Scottish Leaving Certificate Examination, 1955
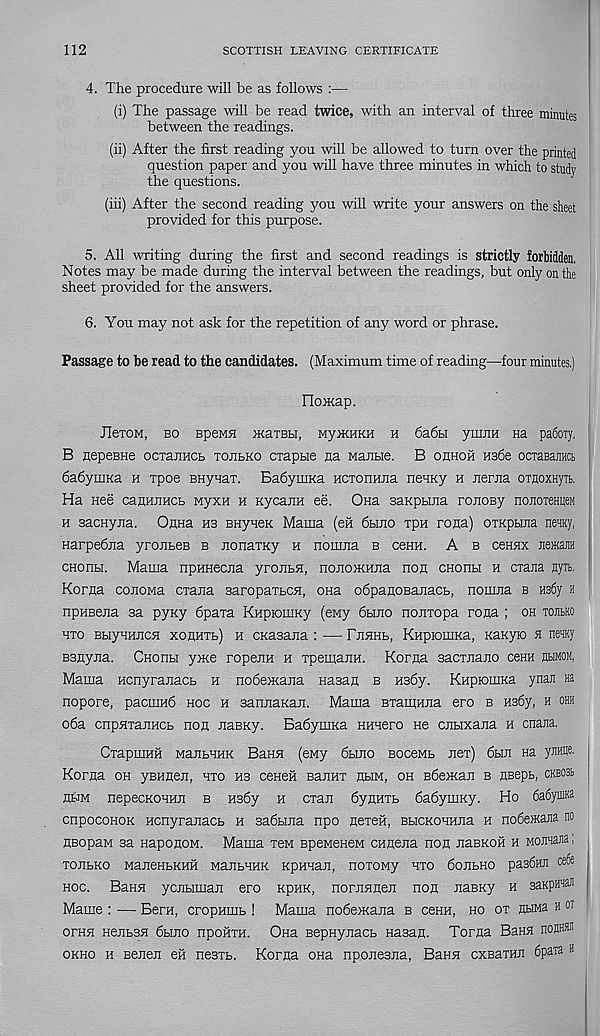
112
SCOTTISH LEAVING CERTIFICATE
4. The procedure will be as follows :—
(i) The passage will be read twice, with an interval of three minutes
between the readings.
(ii) After the first reading you will be allowed to turn over the printed
question paper and you will have three minutes in which to study
the questions.
(iii) After the second reading you will write your answers on the sheet
provided for this purpose.
5. All writing during the first and second readings is strictly forbidden.
Notes may be made during the interval between the readings, but only on the
sheet provided for the answers.
6. You may not ask for the repetition of any word or phrase.
Passage to be read to the candidates. (Maximum time of reading—four minutes.)
IToiKap.
JlexoM, bo Bpewa iKaiBH, MyiKHKH h 6a6bi ymim Ha pa6oiy.
B iiepeBHe ocTanHCB tojibko cxaptie Ha Mantie. B ohhoh Hs6e ocxaBam
6a6ymKa h xpoe BHyuax. BadyuiKa Hcxonwia neHKy h nerna oxnoxHyit,
Ha nee canujincb wyxn h Kycann ee. Ona saKpbina ronoBy nonoxeHiieM
h sacHyna. OnHa hs BHyueK Mama (efi 6bmo xpn rona) oxnpbuia neuny,
Harpebna yronbeB b nonaxKy h nomna b ceHH. A b cchhx JieraH
CHonbi. Mama npHHecna yroiibH, nojioiKHJia non cnonbi h cxaiia nytt.
Korna conoMa cxana saropaxbcn, ona obpanoBanacb, nomna b H36y h
npnBena sa pyny 6paxa KnpiomKy (ewy 6hho nonxopa rona ; oh tojibko
hxo BbiyuHiicH xonnxb) n CKasana :—Fjihhb, KnpiomKa, Kanyio a ray
Bsnyna. CHonu yme ropenH h xpeinann. Korna saoxnano cenH ntiMOM,
Mama Hcnyranacb h nodeiKana nasan b H36y. RnpiomKa yuan na
nopore, pacmnb hoc h sannaKan. Mama Bxammia ero b Hs6y, h ohh
o6a cnpnxajiHCb non naBKy. BabymKa Hnnero ne cnbixana h cnana.
Cxapmun wajibHUK Bann (eMy 6hmo BoceMb nex) 6bin na yaffle.
Korna oh yEnnen, hxo hs ceneH Bannx hbim, oh BdeiKan b HBepb, cKBOSb
nwM nepecKOHun b nsby h cxan dynuxb 6a6ymKy. Ho 6a6ynma
cnpocoHOK ncnyranacb h sabbina npo nexeii, BbiCKOHHiia n no6e>KaJia no
HBopaM sa naponoM. Mama xeM BpeweneM cnnena non naBKoii h Monnana,
xojibko ManeHbKHH ManbHHK Kpunan, noxoMy hxo 6onbHO pa36Hii oe6e
hoc. Bann ycnbiman ero KpHK, nornnneii non naBKy h saKpHnai
Marne : — Bern, cropimib ! Mama nobemajia b cshh, ho ox HbiMa h ot
ofhh Henbssi 6bmo npoiixH. Ona BepHynacb nasan. Torna Behh nonnan
okho h Benen efi nesxb. Korna ona nponesna, Bann cxsaxHii Spata h